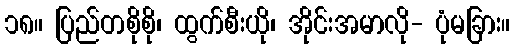
၁၈။ ပြည်တစိုစို၊ ထွက်စီးယို၊ အိုင်းအမာလို- ပုံမခြား။